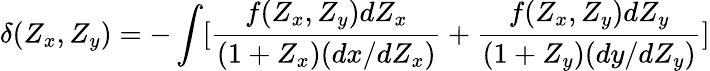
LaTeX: \delta(Z_{x},Z_{y})=-\int[\frac{f(Z_{x},Z_{y})dZ_{x}}{(1+Z_{x})(dx/dZ_{x})}+\frac{f(Z_{x},Z_{y})dZ_{y}}{(1+Z_{y})(dy/dZ_{y})}]